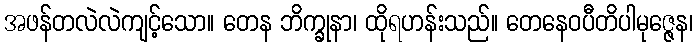
အဖန်တလဲလဲကျင့်သော။ တေန ဘိက္ခုနာ၊ ထိုရဟန်းသည်။ တေနေဝပီတိပါမုဇ္ဇေန၊